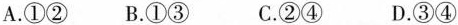
A.①②B.①③ C.②④ D.③④